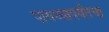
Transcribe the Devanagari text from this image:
पायथ्यापर्यंतचा